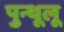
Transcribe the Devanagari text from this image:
पुन्थूलू